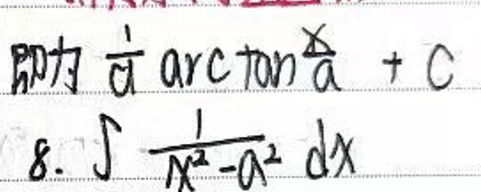
即为\( \frac{1}{a}\arctan\frac{x}{a}+C\)\\
\(8.\int\frac{1}{x^{2}-a^{2}}dx\)